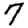
Digit: 7